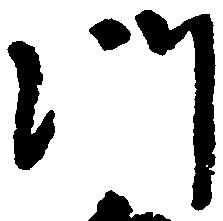
門